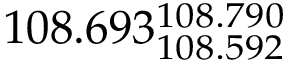
1 0 8 . 6 9 3 _ { 1 0 8 . 5 9 2 } ^ { 1 0 8 . 7 9 0 }